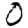
Digit: 0